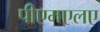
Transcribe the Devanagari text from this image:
पीएमएलए